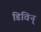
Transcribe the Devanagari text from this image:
डिविन्